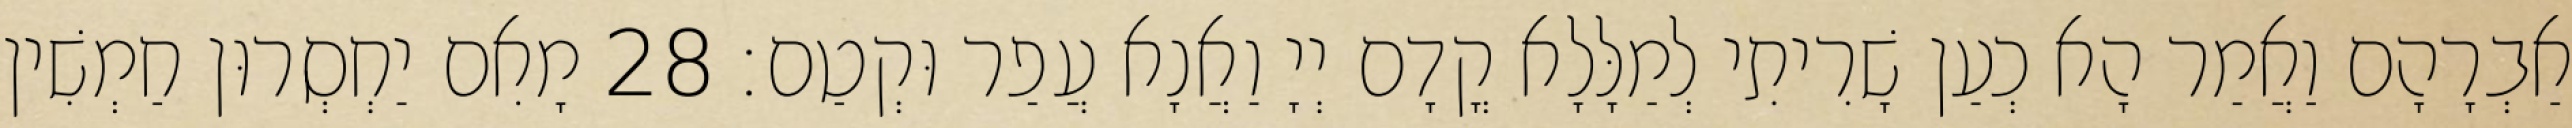
אַבְרָהָם וַאֲמַר הָא כְעַן שָׁרִיתִי לְמַלָּלָא קֳדָם יְיָ וַאֲנָא עֲפַר וּקְטַם׃ 28 מָאִם יַחְסְרוּן חַמְשִׁין